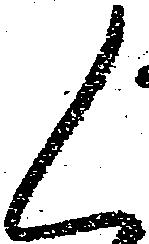
く